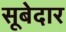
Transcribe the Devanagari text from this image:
सूबेदार